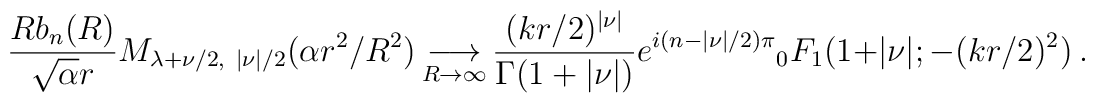
{Rb_{n}(R)\over\sqrt{\alpha}r}	M_{\lambda+\nu/2,\ |\nu|/2}(\alpha r^{2}/R^{2})	\mathop{\longrightarrow}\limits_{R\rightarrow\infty}	{(kr/2)^{|\nu|}\over\Gamma(1+|\nu|)}e^{i(n-|\nu|/2)\pi}	{}_{0}F_{1}(1+|\nu|;-(kr/2)^{2})\ .